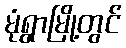
မုံရွာမြို့တွင်